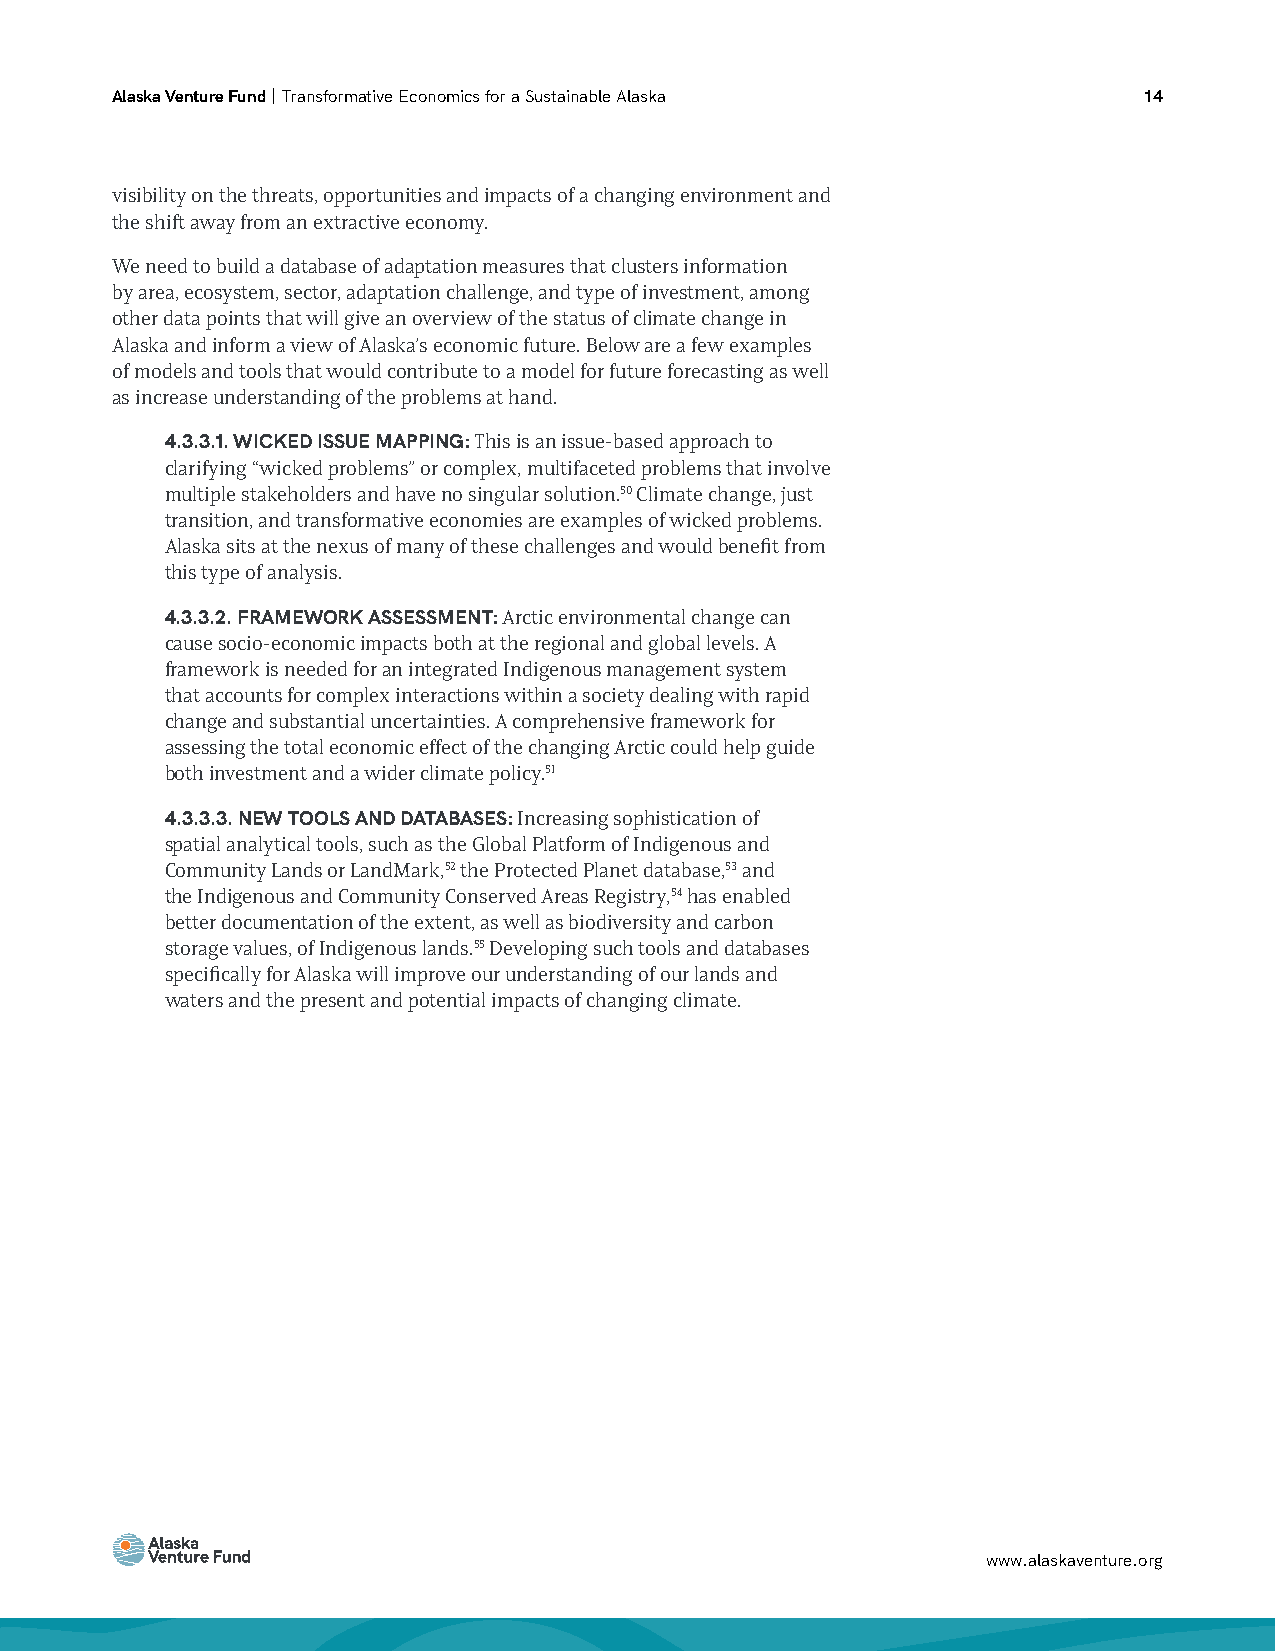
Alaska Venture Fund | Transformative Economics for a Sustainable Alaska 14
 visibility on the threats, opportunities and impacts of a changing environment and
 the shift away from an extractive economy.
 We need to build a database of adaptation measures that clusters information
 by area, ecosystem, sector, adaptation challenge, and type of investment, among
 other data points that will give an overview of the status of climate change in
 Alaska and inform a view of Alaska’s economic future. Below are a few examples
 of models and tools that would contribute to a model for future forecasting as well
 as increase understanding of the problems at hand.
 4.3.3.1. WICKED ISSUE MAPPING: This is an issue-based approach to
 clarifying “wicked problems” or complex, multifaceted problems that involve
 multiple stakeholders and have no singular solution.50 Climate change, just
 transition, and transformative economies are examples of wicked problems.
 Alaska sits at the nexus of many of these challenges and would benefit from
 this type of analysis.
 4.3.3.2. FRAMEWORK ASSESSMENT: Arctic environmental change can
 cause socio-economic impacts both at the regional and global levels. A
 framework is needed for an integrated Indigenous management system
 that accounts for complex interactions within a society dealing with rapid
 change and substantial uncertainties. A comprehensive framework for
 assessing the total economic effect of the changing Arctic could help guide
 both investment and a wider climate policy.51
 4.3.3.3. NEW TOOLS AND DATABASES: Increasing sophistication of
 spatial analytical tools, such as the Global Platform of Indigenous and
 Community Lands or LandMark,52 the Protected Planet database,53 and
 the Indigenous and Community Conserved Areas Registry,54 has enabled
 better documentation of the extent, as well as biodiversity and carbon
 storage values, of Indigenous lands.55 Developing such tools and databases
 specifically for Alaska will improve our understanding of our lands and
 waters and the present and potential impacts of changing climate.
 www.alaskaventure.org